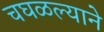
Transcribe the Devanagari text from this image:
चघळल्याने